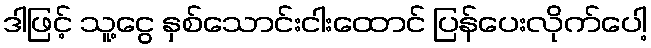
ဒါဖြင့် သူ့ငွေ နှစ်သောင်းငါးထောင် ပြန်ပေးလိုက်ပေါ့